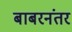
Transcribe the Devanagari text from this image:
बाबरनंतर